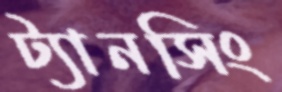
ট্যানসিং